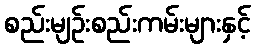
စည်းမျဉ်းစည်းကမ်းများနှင့်